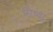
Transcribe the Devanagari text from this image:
मिथ्‍या